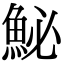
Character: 鮅